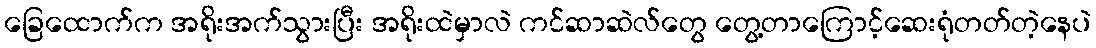
ခြေထောက်က အရိုးအက်သွားပြီး အရိုးထဲမှာလဲ ကင်ဆာဆဲလ်တွေ တွေ့တာကြောင့်ဆေးရုံတတ်တဲ့နေပဲ